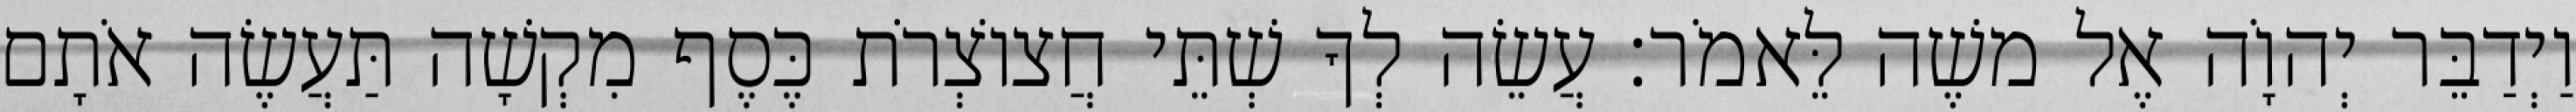
וַיְדַבֵּר יְהוָֹה אֶל משֶׁה לֵּאמֹר׃ עֲשֵׂה לְךָ שְׁתֵּי חֲצוֹצְרֹת כֶּסֶף מִקְשָׁה תַּעֲשֶׂה אֹתָם